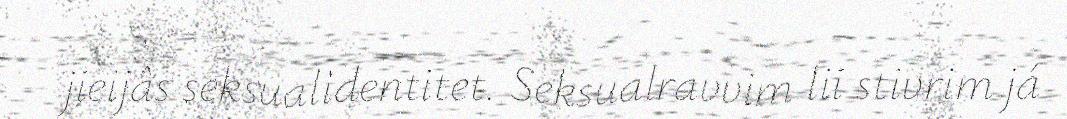
jieijâs seksualidentitet. Seksualravvim lii stivrim já